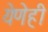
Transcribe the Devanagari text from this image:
येणेही